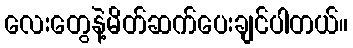
လေးတွေနဲ့မိတ်ဆက်ပေးချင်ပါတယ်။